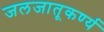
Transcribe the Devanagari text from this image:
जलजातूकर्ण्य